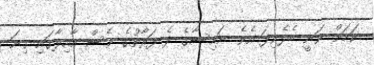
ކަމަށް ވަނީ ބެލެވިފަ އެވެ. ނައިސާގެ ދެ ފަރާތުގެ ވެސް އާއިލާގައި ގިނަ